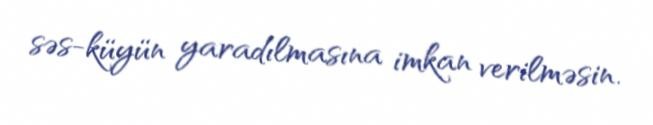
səs-küyün yaradılmasına imkan verilməsin.